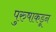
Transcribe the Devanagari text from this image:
पुरुषाकडून